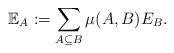
LaTeX: \begin{align*}{}\mathbb{E}_A:= \sum_{ A \subseteq B }\mu(A,B)E_B.\end{align*}